Document type: Sale
Year: 1423
Scribe: Joan Franc
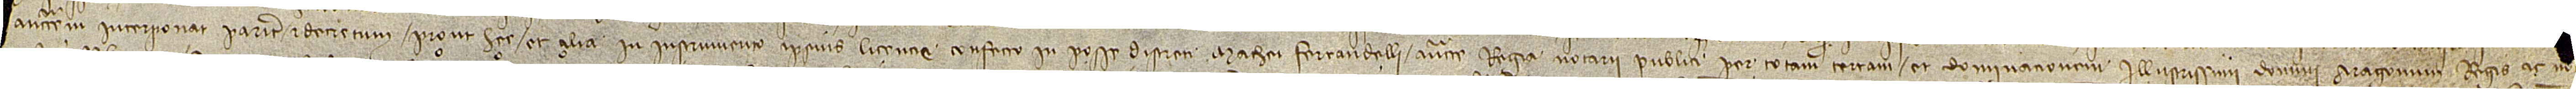
[...] auctoritatem interponat pariter et decretum, prout hec et alia in instrumento ipsius licencie confecto in posse discreti Mathei Ferrandelli, auctoritate regia notarii publici per totam terram et dominacionem illustrissimi domini Aragonum regis, ac no[...]